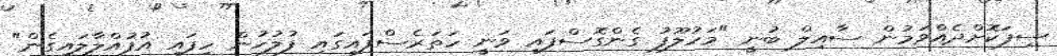
ސިފަކޮށްދެއްވަމުން ސާއިލް ބުނީ "މަހުލޫފު ގެންގޮސްފައި ވަނީ ހަތަރެސްފައިގައި ފުލުހުން ހިފައި އުފުއްލާލައިގެން"